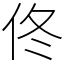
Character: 佟